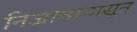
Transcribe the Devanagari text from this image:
निजामापासून